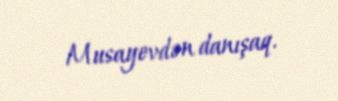
Musayevdən danışaq.